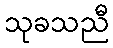
သုခသညီ